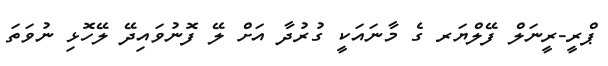
ޕްރީ-ރީނަލް ފޭލްޔަރ ގެ މާނައަކީ ގުރުދާ އަށް ލޭ ފޮނުވައިދޭ ލޭހޮޅި ނުވަތަ